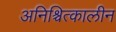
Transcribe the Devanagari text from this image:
अनिश्चित्कालीन